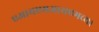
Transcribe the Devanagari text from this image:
एआयएमआयएमच्या